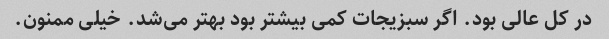
در کل عالی بود. اگر سبزیجات کمی بیشتر بود بهتر می‌شد. خیلی ممنون.